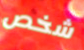
شخص